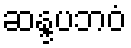
ဆန္ဒပဘဝံ